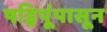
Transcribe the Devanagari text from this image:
षड्रिपूंपासून